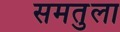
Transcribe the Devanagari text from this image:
समतुला